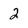
Character: 2